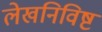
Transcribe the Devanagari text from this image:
लेखनिविष्ट